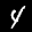
Label: 4